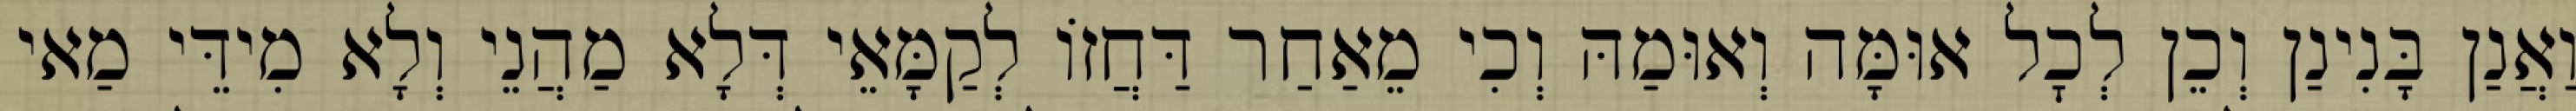
וַאֲנַן בָּנִינַן וְכֵן לְכׇל אוּמָּה וְאוּמַהּ וְכִי מֵאַחַר דַּחֲזוֹ לְקַמָּאֵי דְּלָא מַהֲנֵי וְלָא מִידֵּי מַאי